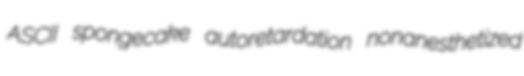
ASCII spongecake autoretardation nonanesthetized